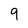
Character: 9